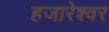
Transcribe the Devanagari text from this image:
हजारेश्वर